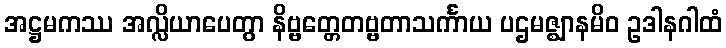
အဋ္ဌမကဿ အလ္လိယာပေတွာ နိဗ္ဗတ္တေတဗ္ဗတာသင်္ကာယ ပဌမဇ္ဈာနမိဝ ဥဒါနဂါထံ